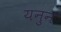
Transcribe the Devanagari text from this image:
यनुन